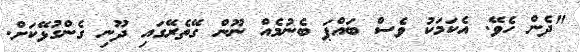
"ދެން ހެވޭ. އެކަމަކު ވެސް ބައްޕަ ބެނުމެއް ނޫން ގޭތެރޭގައި ދޫނި ގެންގުޅޭކަށް.